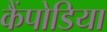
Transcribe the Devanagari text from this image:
कैंपोडिया